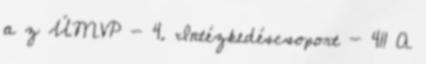
a z ÚMVP - 4. Intézkedéscsoport - 411 A